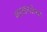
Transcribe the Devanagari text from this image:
भारतापाठोपाठ